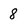
Character: 8